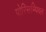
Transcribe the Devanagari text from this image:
पोस्सिम्पिब्ल